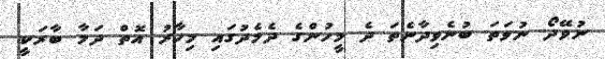
ނުވޭދޯ ނުވަތަ ބުނެވިދާނެތަ ދެ މީހުންގެ ދެމެދުގައި މިހާރު އޮތް ދަމާ ބާރަކީ